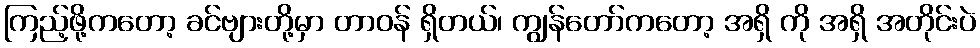
ကြည့်ဖို့ကတော့ ခင်ဗျားတို့မှာ တာဝန် ရှိတယ်၊ ကျွန်တော်ကတော့ အရှိ ကို အရှိ အတိုင်းပဲ